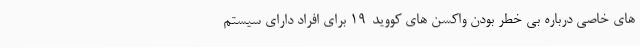
های خاصی درباره بی خطر بودن واکسن های کووید-19 برای افراد دارای سیستم